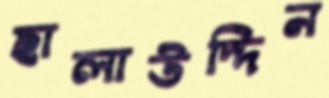
ছালাউদ্দিন